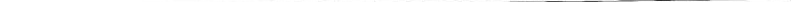
___